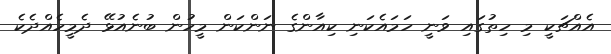
އެއްޗަކީ މި ހިތުގައި ވަނީ ހަމައެކަނި ކިއާންގެ ނަންކަން މީހުން ބުނެއުޅޭ ދެމީހެއްދެކެ